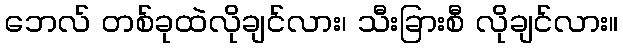
ဘေလ် တစ်ခုထဲလိုချင်လား၊ သီးခြားစီ လိုချင်လား။